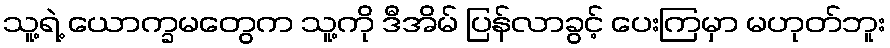
သူ့ရဲ့ ယောက္ခမတွေက သူ့ကို ဒီအိမ် ပြန်လာခွင့် ပေးကြမှာ မဟုတ်ဘူး